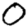
Digit: 0